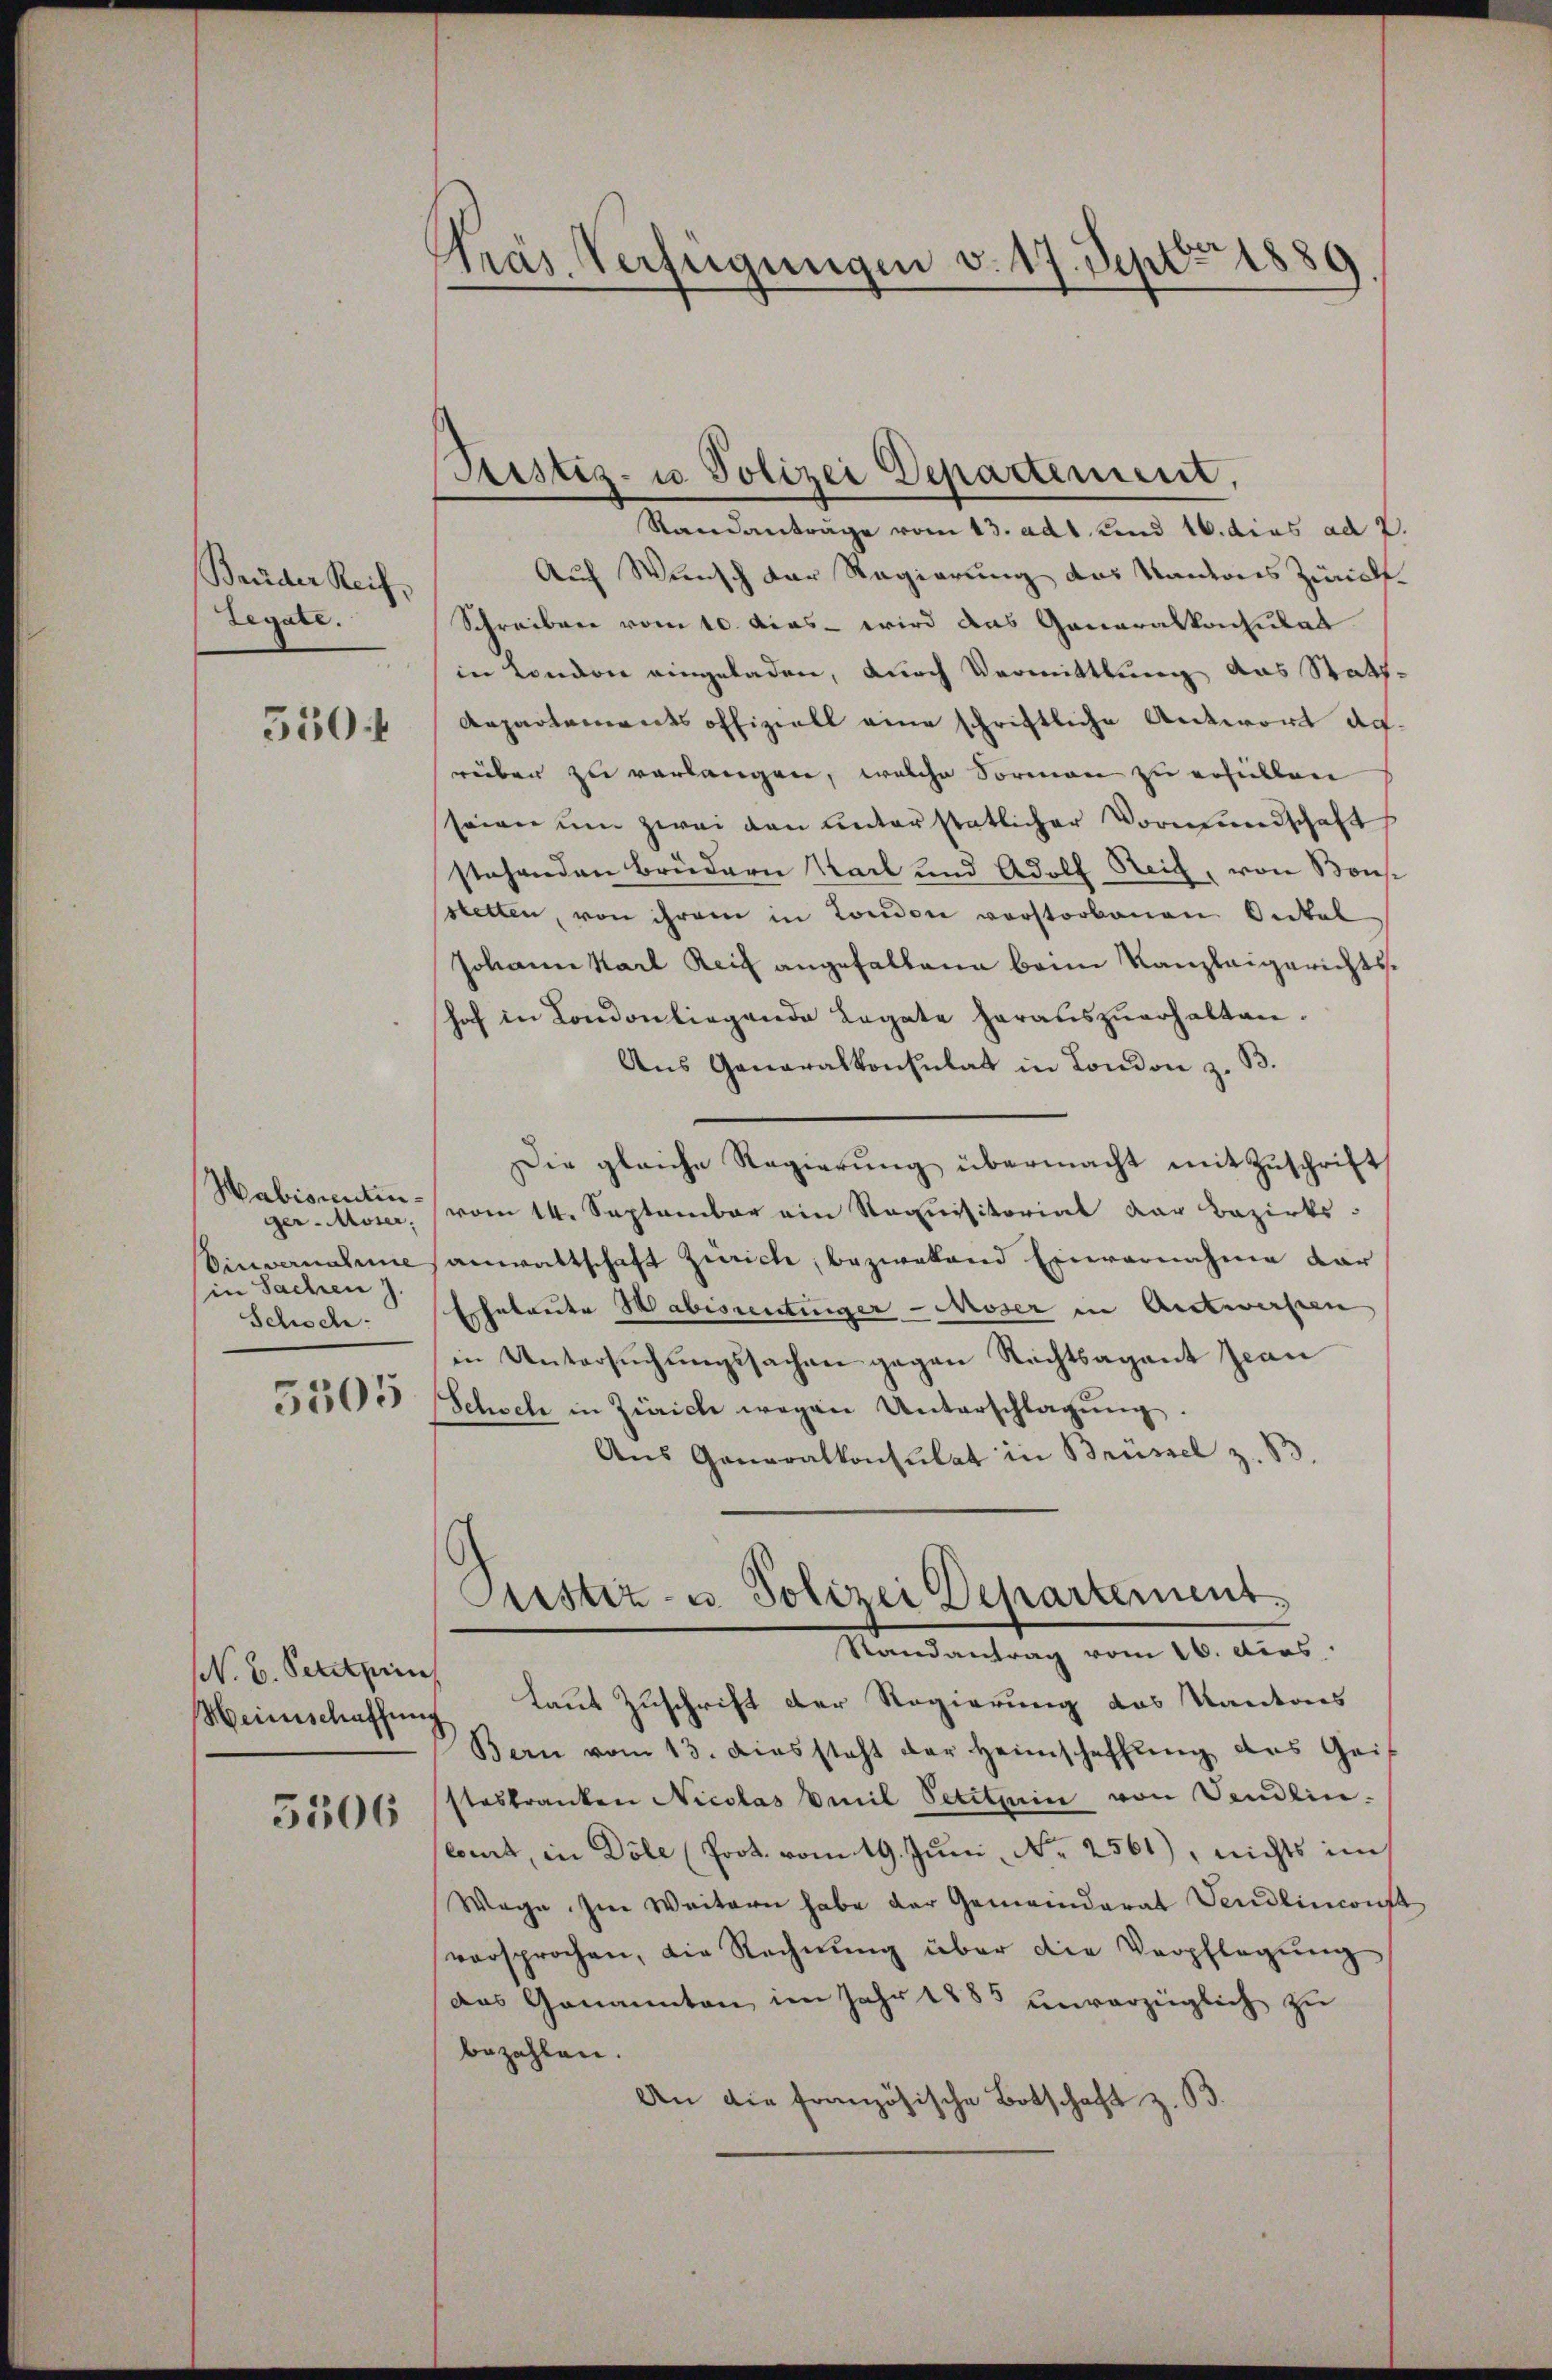
Brüder Reif.
Legate.

350.

Habiscentinger - Moser,
in Sachen J.
Schoch.

NN. B. Petitprin

5306

Stras Verfügungen v. 17. Sept. 1889

Standanträge vom 13. ad 1. und 16. dies ad 2.
Auf Wunsch der Regierung des Kantons Zürich¬
Schreiben vom 10. dies - wird das Generalkonsulat
in London eingeladen, durch Vermittlung das Statt¬
Aepartements offiziell eine schriftliche Antwort da.
rüber zu verlangen, welche Sormen zu erfüllen
seien um zwei den Unterstatlicher Vormundschafts
stehenden Brüdern Karl und Adolf Reich, von Bons
stetten, von ihrem in London vorstorbenen Onkel
Johann Karl Reiz angefallene beim Kanzleigerichtshof in London liegende Legate herauszuerhalten.
Aus Generalkonsulat in London z. B.
Die gleiche Regierŭng übermacht mit Zŭschrift
vom 14. September ein Requisitorial der Bezirks-
Oinvernahmesanwaltschaft Zürich, bezweland Einvernahme dar
Ehebreite Habissentinger - Moser in Antwerfen
in Untersŭchŭngssachen gegen Rechtsagant Jean
31505 Schoch in Zürich wegen Unterschlagung.
Aus Generalkonsulat in Brüssel z. B.

Peistiz- u Polizei Departement,

Justiz- u. Polizei Departement.
Randantrag vom 16. dies
Weinschaffung laut Zuschrift der Regierung des Kantons

Bern vom 13. diessteht der Heimschaffŭng des Geis
steskranken Nicolas Emil Petithin von Vendlin.
comt, in Döle (Prot. vom 19. Juni, Nr. 2561), nichts im
Wege. Im Weitern habe der Gemeinderat Vendlinconst
versprochen, die Rechnŭng über die Verpflegung
Das Genannten im Jahr 1885 unvorzüglich zu
bezahlen.
An die französische Botschaft z. B.